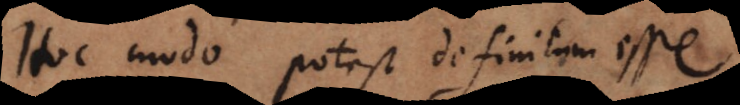
Hoc modo potest definitum esse